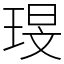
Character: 琝